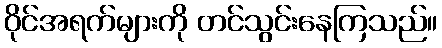
ဝိုင်အရက်များကို တင်သွင်းနေကြသည်။